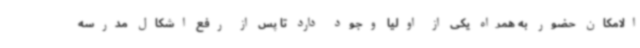
الامکان حضور به همراه یکی از اولیا وجود دارد تا پس از رفع اشکال مدرسه